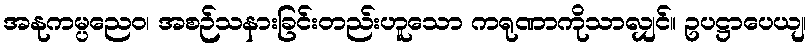
အနုကမ္ပညေဝ၊ အစဉ်သနားခြင်းတည်းဟူသော ကရုဏာကိုသာလျှင်။ ဥပဋ္ဌာပေယျ၊